Vaccination in Bombay 1913-1923 - 1913-1923
Year: 1913
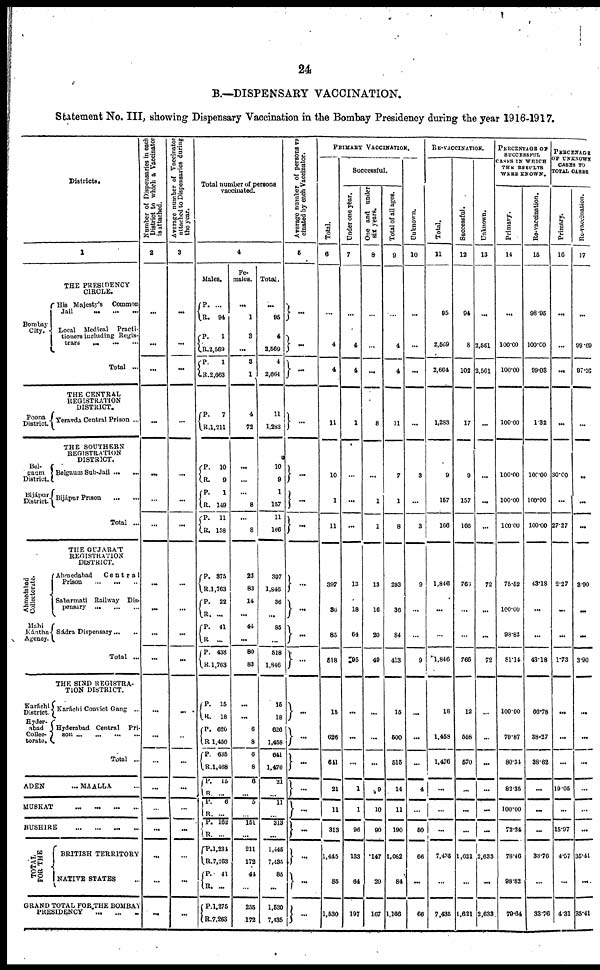
24
B.—DISPENSARY VACCINATION.
Statement No. III, showing Dispensary Vaccination in the Bombay Presidency during the year 1916-1917.
Districts.
1
THE PRESIDENCY
CIRCLE.
Bombay
City.
Poona
District.
Bel-
gaum
District.
Bijápur
District
Ahmedabad
Collectorate.
Mahi
Kántha-
Agency.
Karáchi
District.
Hyder-
abad
Collec-
torate
His Majesty's
Common
Jail
...
...
...
Local
Medical
Practi-
tioners including Regis-
trars ... ... ...
Total ...
THE CENTRAL
REGISTRATION
DISTRICT.
Yeravda Central Prison ...
THE SOUTHERN
REGISTRATION
DISTRICT.
Belgaum Sub-Jail ... ...
Bijápur Prison
...
...
Total ...
THE GUJARÁT
REGISTRATION
DISTRICT.
Ahmedabad
Central
Prison
...
...
...
Sabarmati Railway Dis-
pensary
...
...
...
Sádra Dispensary ... ...
Total ...
THE SIND REGISTRA-
TION DISTRICT.
Karáchi Convict Gang ...
Hyderabad Central Pri-
son ... ... ... ...
Total ...
ADEN
... MAALLA ...
MUSKAT
...
...
...
...
BUSHIRE
...
...
...
...
T OTAL
FOR THE
BRITISH TERRITORY
NATIVE STATES ...
GRAND TOTAL FOR THE BOMBAY
PRESIDENCY ... ... ...
Number of Dispensaries in each
District to which a Vaccinator
is attached.
2
...
...
...
...
...
...
...
...
...
...
...
...
...
...
...
...
...
...
...
...
Average number of Vaccinator
attached to Dispensaries during
the year.
3
...
...
...
...
...
...
...
...
...
...
...
...
...
...
...
...
...
...
...
...
Total number of persons
vaccinated.
4
Males.
P.
R.
P. R.
P. R.
P.
R.
P.
R.
P.
R.
P.
R.
P.
R.
P.
R.
P.
R.
P.
R.
P.
R.
P.
R.
P.
R.
P.
R.
P.
R
P.
R.
P.
R.
P.
R.
P.
R.
...
94
1
2,569
1
2,663
7
1,211
10
9
1
149
11
158
375
1,763
22
...
41
...
438
1,763
15
18
620
1,450
635
1,468
15
...
6
...
162
...
1,234
7,263
41
...
1,275
7,263
Fe-
males.
...
1
3
...
3
1
4
72
...
...
...
8
...
8
22
83
14
...
44
...
80
83
...
...
6
8
6
8
6
...
5
...
151
...
211
172
44
...
255
172
Total.
...
95
4
2,569
4
2,664
11
1,283
10
9
1
157
11
166
397
1,846
36
...
85
...
518
1,846
15
18
626
1,458
641
1,476
21
...
11
...
313
...
1,445
7,435
85
...
1,530
7,435
Average number of persons va
cinated by each Vaccinator.
5
...
...
...
...
...
...
...
...
...
...
...
...
...
...
...
...
...
...
...
...
PRIMARY VACCINATION.
Total.
6
...
4
4
11
10
1
11
397
36
85
518
15
626
641
21
11
313
1,445
85
1,530
Successful.
Under one year.
7
...
4
4
1
...
...
...
13
18
64
95
...
...
...
1
1
96
133
64
197
One and under
six years.
8
...
...
...
8
...
1
1
13
16
20
49
...
...
...
9
10
90
147
20
167
Total of all ages.
9
...
4
4
11
7
1
8
293
36
84
413
15
500
515
14
11
190
1,082
84
1,166
Unknown.
10
...
...
...
...
3
...
3
9
...
...
9
...
...
...
4
...
50
66
...
66
RE-VACCINATION.
Total.
11
95
2,569
2,664
1,283
9
157
166
1,846
...
...
1,846
18
1,458
1,476
...
...
...
7,436
...
7,435
Successful.
12
94
8
102
17
9
157
166
766
...
...
766
12
558
570
...
...
...
1,621
...
1,621
Unknown.
13
...
2,561
2,561
...
...
...
...
72
...
...
72
...
...
...
...
...
...
2,633
...
2,633
PERCENTAGE OF
SUCCESSFUL
CASES IN WHICH
THE RESULTS
WERE
KNOWN.
Primary.
14
...
100.00
100.00
100.00
100.00
100.00
100.00
75.52
100.00
98.82
81.14
100.00
79.87
80.34
82.35
100.00
72.24
78.46
98.82
79.64
Re-vaccination.
15
98.95
100.00
99.03
1.32
100.00
100.00
100.00
43.18
...
...
43.18
66.78
38.27
38.62
...
...
...
33.76
...
33.76
PERCENTAGE
OF UNKNOWN
CASES TO
TOTAL CASES
Primary.
16
...
...
...
...
30.00
...
27.27
2.27
...
...
1.73
...
...
...
19.05
...
15.97
4.57
...
4.31
Re-vaccination.
17
...
99.69
97.26
...
..
...
...
3.90
...
...
3.90
...
...
...
...
...
...
35.41
...
35.41